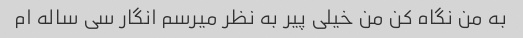
به من نگاه کن من خیلی پیر به نظر میرسم انگار سی ساله ام